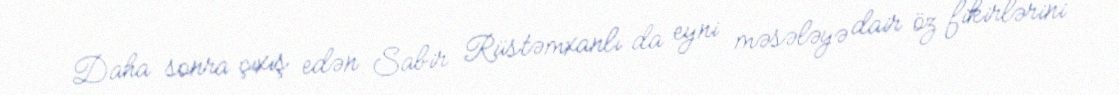
Daha sonra çıxış edən Sabir Rüstəmxanlı da eyni məsələyə dair öz fikirlərini